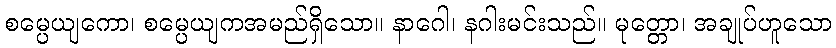
စမ္ပေယျကော၊ စမ္ပေယျကအမည်ရှိသော။ နာဂေါ၊ နဂါးမင်းသည်။ မုတ္တော၊ အချုပ်ဟူသော